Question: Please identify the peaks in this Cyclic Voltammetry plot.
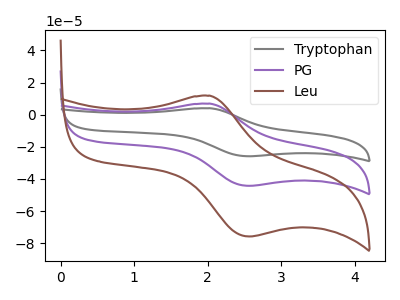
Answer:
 <answer>The gray curve "Tryptophan" has an anodic peak at (2.05V, 13.80uA) and a cathodic peak at (2.55V, -88.50uA). The purple curve "PG" has an anodic peak at (2.05V, 6.90uA) and a cathodic peak at (2.55V, -44.25uA). The brown curve "Leu" has an anodic peak at (2.05V, 11.80uA) and a cathodic peak at (2.55V, -75.80uA).</answer>
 <eval></eval>